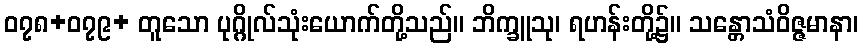
၀၇၈+၀၇၉+ တူသော ပုဂ္ဂိုလ်သုံးယောက်တို့သည်။ ဘိက္ခူသု၊ ရဟန်းတို့၌။ သန္တောသံဝိဇ္ဇမာနာ၊